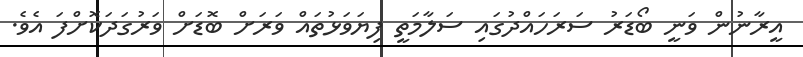
އީރާނުން ވަނީ ބޯޑަރު ސަރަހައްދުގައި ސަލާމަތީ ފިޔަވަޅުތައް ވަރަށް ބޮޑަށް ވަރުގަދަކޮށްފަ އެވެ.